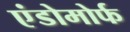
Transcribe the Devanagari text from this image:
एंडोमोर्फ